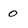
Character: 0